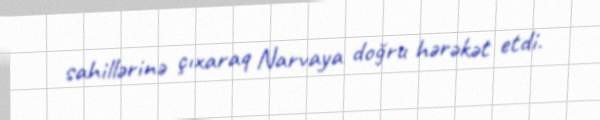
sahillərinə çıxaraq Narvaya doğru hərəkət etdi.